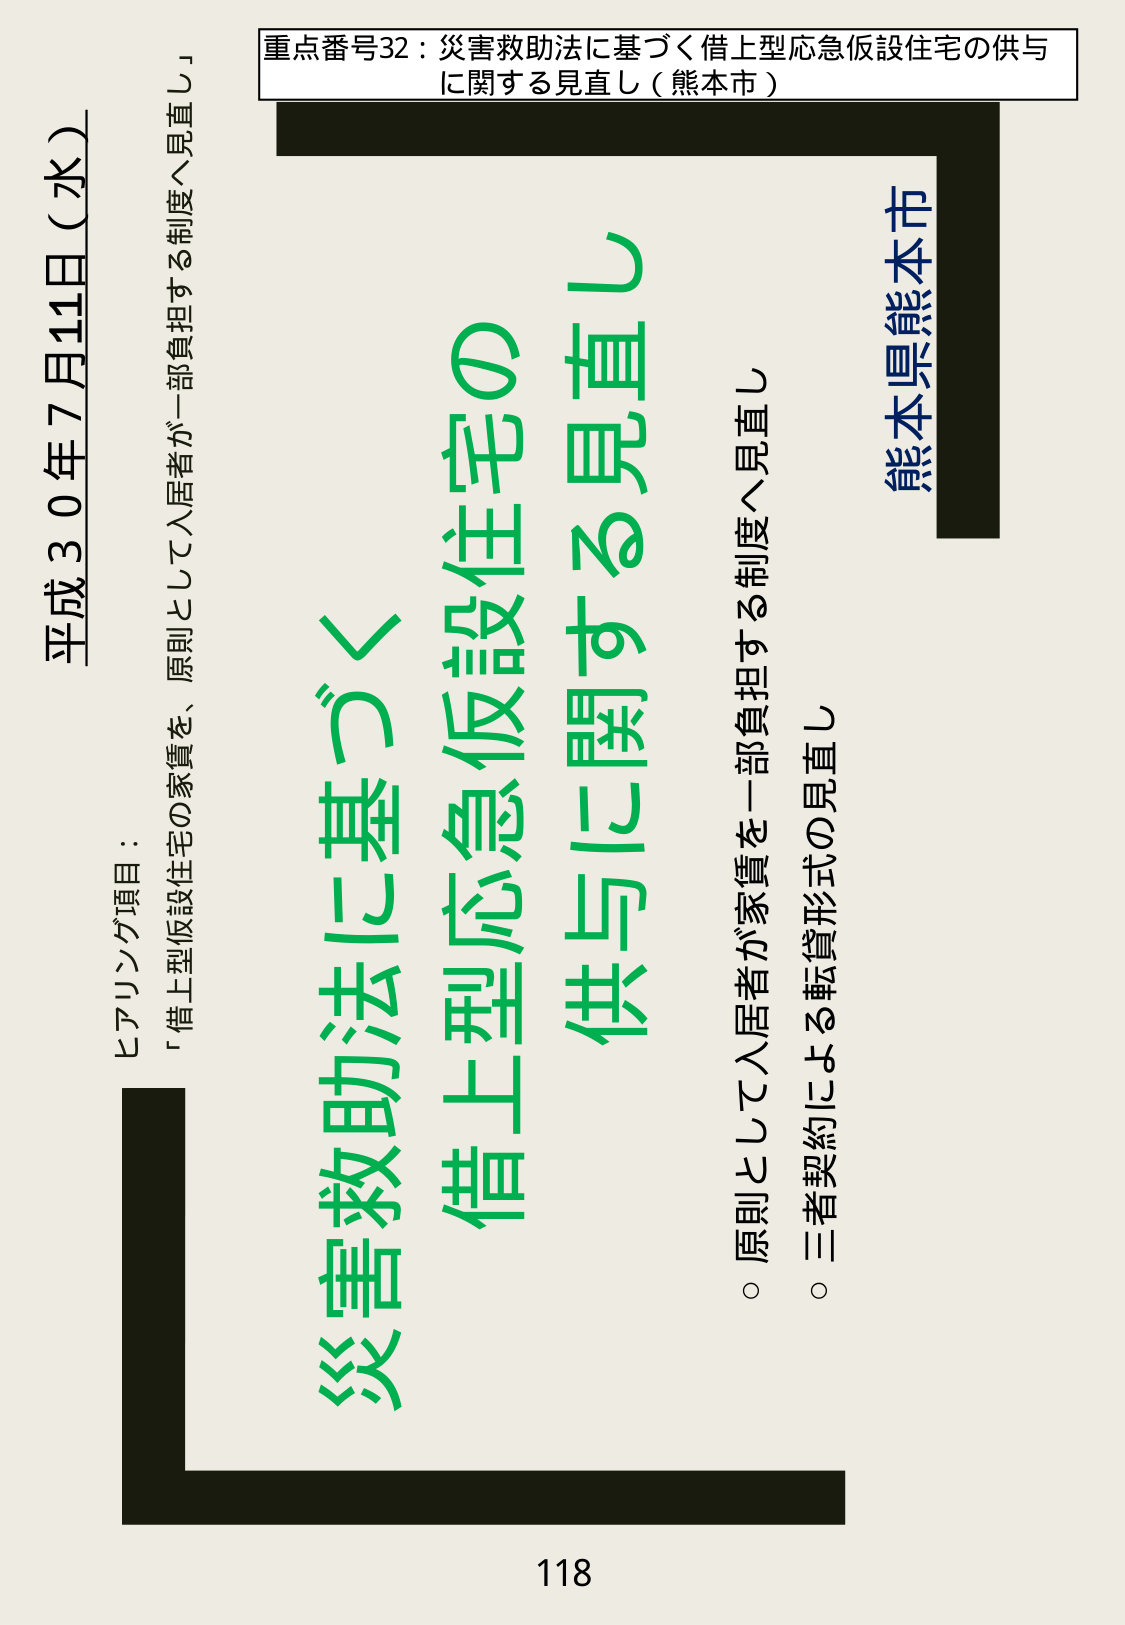
重点番号32：災害救助法に基づく借上型応急仮設住宅の供与
に関する見直し（熊本市）

平成30年7月11日（水）

ヒアリング項目：
「借上型仮設住宅の家賃を、原則として入居者が一部負担する制度へ見直し」

災害救助法に基づく
借上型応急仮設住宅の
供与に関する見直し

熊本県熊本市

○ 原則として入居者が家賃を一部負担する制度へ見直し
○ 三者契約による転貸形式の見直し

118